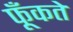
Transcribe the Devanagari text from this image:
फूँकते